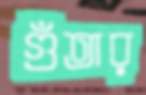
গুঁতার